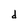
Character: d